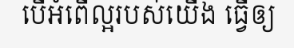
បើអំពើល្អរបស់យើង ធ្វើឲ្យ